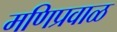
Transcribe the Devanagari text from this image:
मणिप्रवाळ